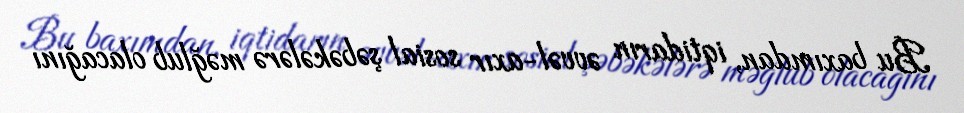
Bu baxımdan, iqtidarın əvvəl-axır sosial şəbəkələrə məğlub olacağını